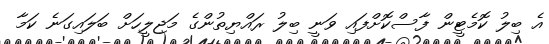
އެ ބިލު ކޮމެޓީން ފާސްކޮށްފައި ވަނީ ބިލު ރައްޔިތުންގެ މަޖިލީހަށް ބަލައިގަނެ ކަމާ